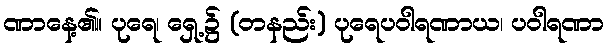
ဏာနေ့၏။ ပုရေ၊ ရှေ့၌ (တနည်း) ပုရေပဝါရဏာယ၊ ပဝါရဏာ